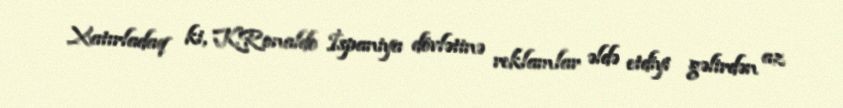
Xatırladaq ki, K.Ronaldo İspaniya dövlətinə reklamlar əldə etdiyi gəlirdən az